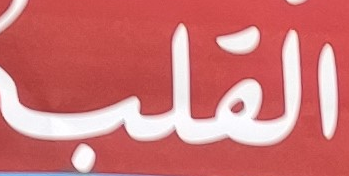
القلب